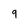
Character: 9